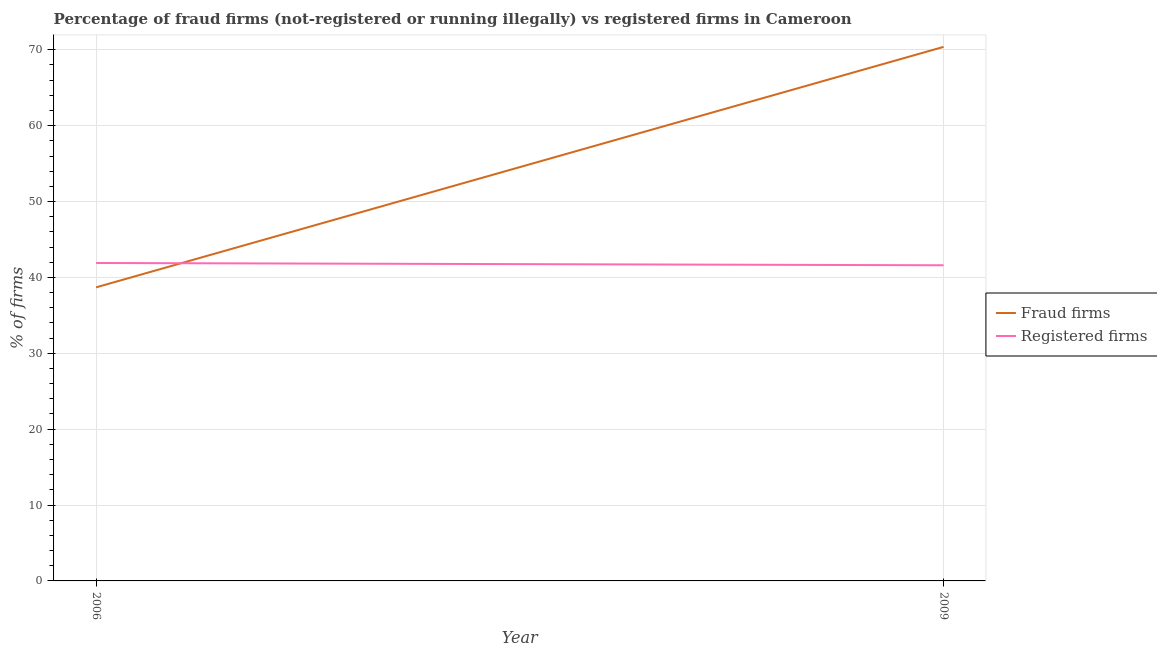
| Year | Fraud firms | Registered firms |
 | --- | --- | --- |
 | 2006 | 38.7 | 41.9 |
 | 2009 | 70.4 | 41.6 |